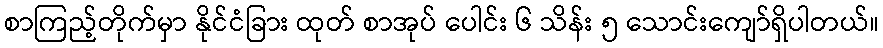
စာကြည့်တိုက်မှာ နိုင်ငံခြား ထုတ် စာအုပ် ပေါင်း ၆ သိန်း ၅ သောင်းကျော်ရှိပါတယ်။